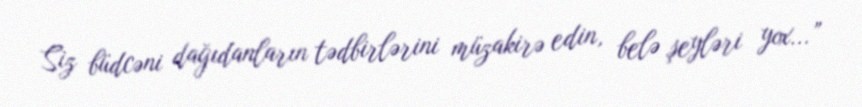
Siz büdcəni dağıdanların tədbirlərini müzakirə edin, belə şeyləri yox...”